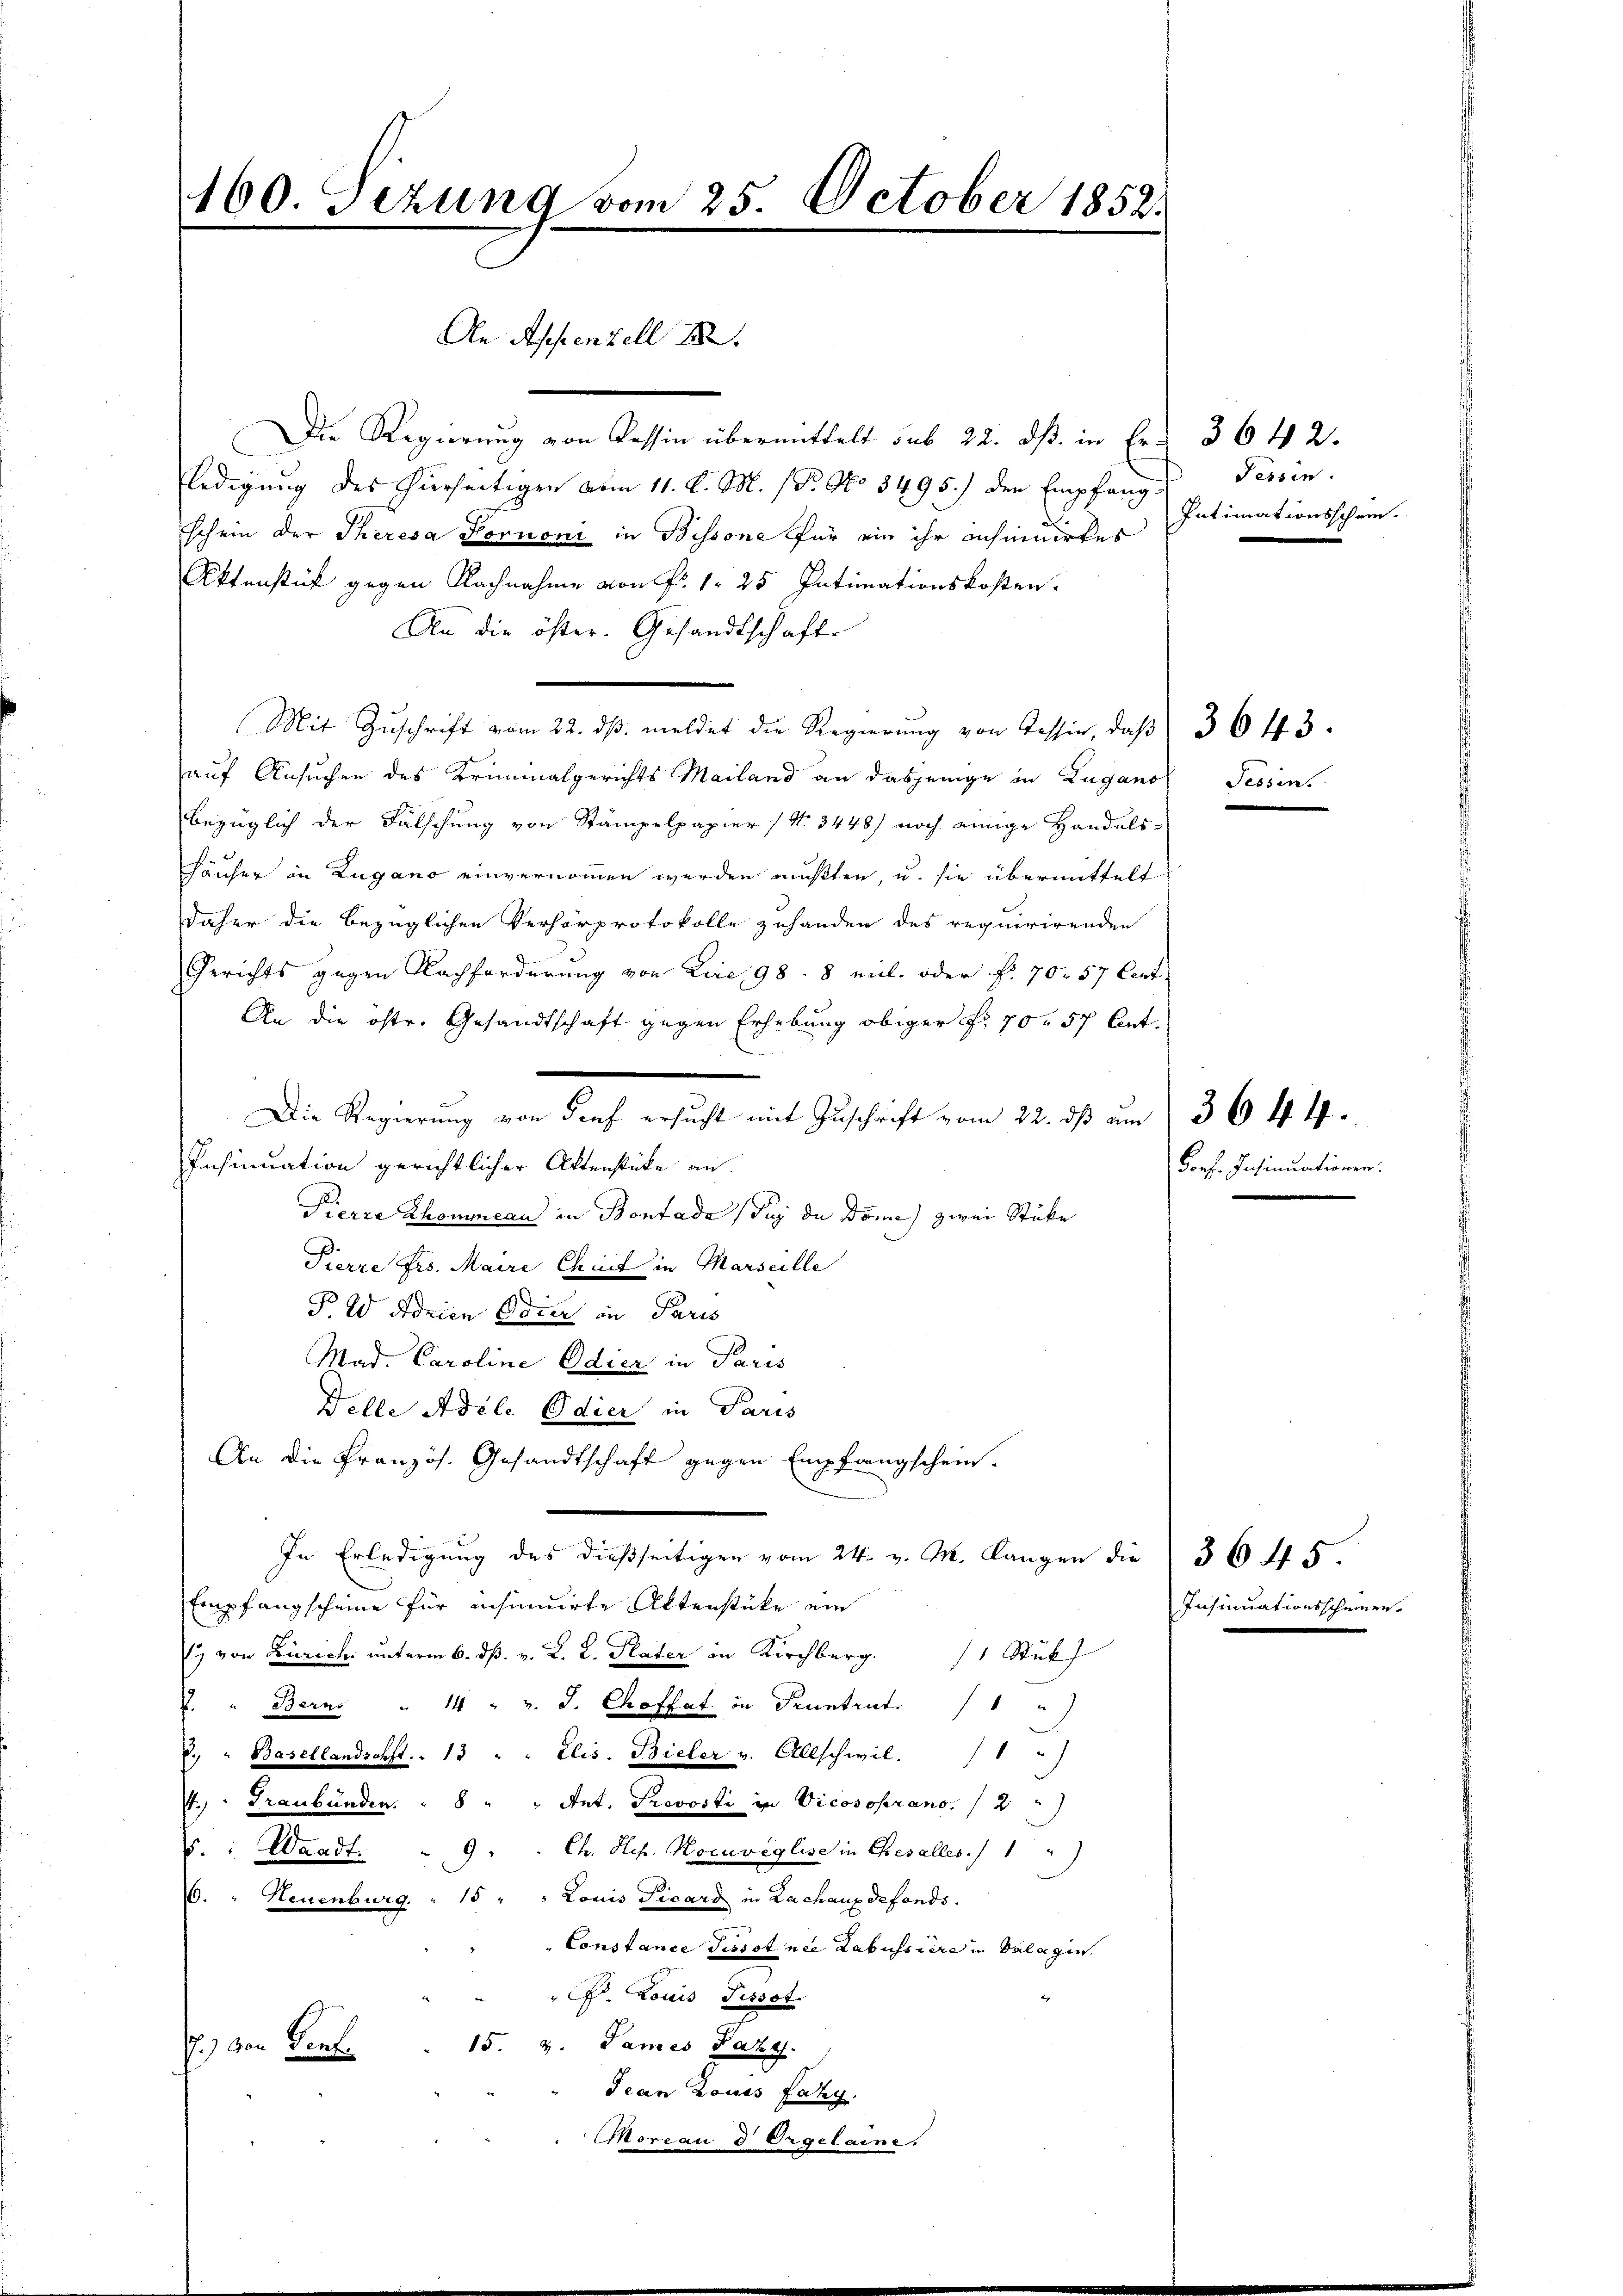
160. Sezung vom 25. October 1852.
An Appenzell I.

Die Regierung von Tessin übermittelt sub 22. ds. in Er 364 2.
ledigung des hierseitigen vom 11. d. M. (Dr. No 3495) der Empfang Tessin.
schein der Theresa Hornoni in Bissone für ein ihr achinirtes
Aktenstück gegen Nachnahme von Fr. 1. 25 Intimationskosten.
An die öster. Gesandtschaft
Mit Zŭschrift vom 22. dβ meldet die Regierŭng von Tessin, daβ 3 643.
auf Ansuchen des Kriminalgerichts Mailand an dasjenige in Zugano
bezüglich der Fälschung von Stampelpapier (Nr. 3448) noch einige Handels-
Häuser in Zugano einvernommen werden mußten, u. sie übermittelt
daher die bezüglichen Verhörprotokolle zuhanden des requirirenden
Gerichts gegen Nachforderung von Lire 98. 8 mit. oder f. 70. 57 Cent
An die oftr. Gesandtschaft gegen Erhebung obiger Fr. 70. 57 ent¬
Die Regierung von Genf ersucht mit Zuschrift vom 22. dß um 36 f. 4.
Insinuation gerichtlicher Aktenstücke an.
Pierre Thommen in Bontade (Suz de Dome zwei Stüke
Pierre Frs. Maire Chuit in Marseille
P. W Adrian Odier in Paris
Mad. Caroline Odier in Paris
Ville Adele Edier in Paris
An die Französ. Gesandtschaft gegen Empfangschein-
In Erledigung des dießseitigen vom 24. v. M. langen die 364 5.
Empfangscheine für insinuirte Altenstücke ein
1) von Zürich unterm 6. ds. v. L. L. Plater in Kirchberg. 11 Stük
2. " Berns " 14 " v. J. Choffet in Pruntrut
d. " Basellandschft.. 13 " " Elis. Bieler v. Allschwil. 1 "
4. " Graubünden. " 8 " " Ant. Prevosti in Vicosoprano. / 2
Ch. Hep. Kocuveglise in Ehesalles
S.: Waadt.  9
(6. " Neuenburg. " 15 " " Louis Picard in Lachanz defonds.
Constance Tissot nie Labussiere in Salagin.
P. Louis Pissot.
15. v. Sames Pazy.
) von Bauf
Jean Louis Faky.
Moreau d Orgelaine.

Intimationsschein.

Tessin.

Porf. Insinuationen.

Insinuationsscheinen.